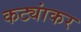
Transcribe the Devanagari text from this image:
कट्यांकर